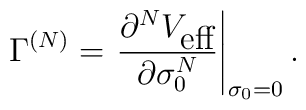
\Gamma^{(N)}=\left.\frac{\partial^{N}V_{\mbox{eff}}}{\partial\sigma_{0}^{N}}\right|_{\sigma_{0}=0}.